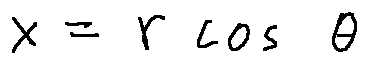
x = r \cos \theta